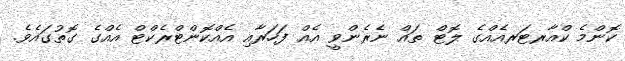
ކޮންމެ ކްއާރޓަރއެއްގެ ލޮޓް ތައް ނެެެރެންވީ އެއް ފަހަރާއި އެއްކޮންޓްރެކްޓް އެއްގެ ގޮތުގައެވެ.